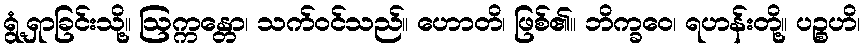
ရွံ့ရှာခြင်းသို့။ ဩက္ကန္တော၊ သက်ဝင်သည်။ ဟောတိ၊ ဖြစ်၏။ ဘိက္ခဝေ၊ ရဟန်းတို့။ ပဉ္စဟိ၊